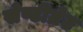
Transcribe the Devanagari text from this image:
सेण्टीग्रेट